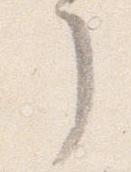
了